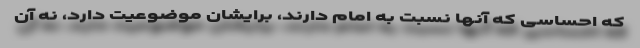
که احساسی که آنها نسبت به امام دارند، برایشان موضوعیت دارد، نه آن